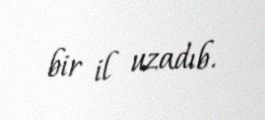
bir il uzadıb.